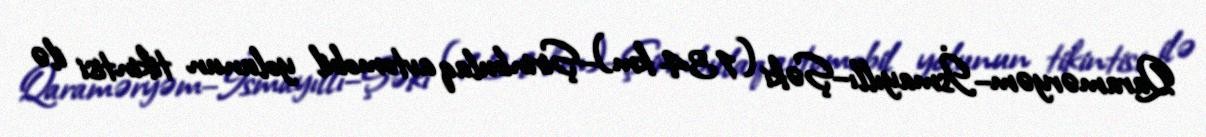
Qaraməryəm–İsmayıllı–Şəki (134 km)–Şirinbulaq avtomobil yolunun tikintisi ilə